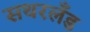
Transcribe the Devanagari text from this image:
सथरलँड